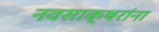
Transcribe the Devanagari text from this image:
नवसाक्षरांना